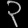
Digit: ၃